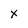
Character: X